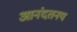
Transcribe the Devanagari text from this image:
आनंदतनय